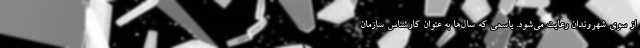
از سوی شهروندان رعایت می‌شود. یاسمی که سال‌ها به عنوان کارشناس سازمان